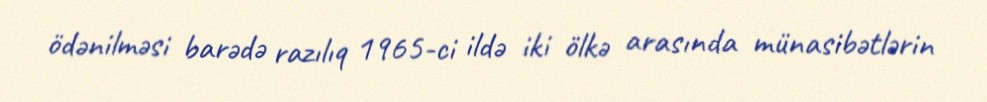
ödənilməsi barədə razılıq 1965-ci ildə iki ölkə arasında münasibətlərin